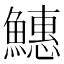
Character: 𬵪